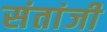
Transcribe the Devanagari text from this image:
संतांजी